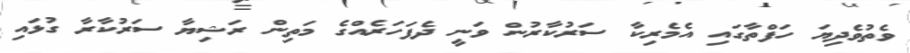
ވެތުވެދިޔަ ހަފްތާގައި އެމެރިކާ ސަރުކާރުން ވަނީ ދެފަހަރެއްގެ މަތިން ރަޝިޔާ ސަރުކާރާ ގުޅައި